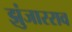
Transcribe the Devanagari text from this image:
झुंजारराव